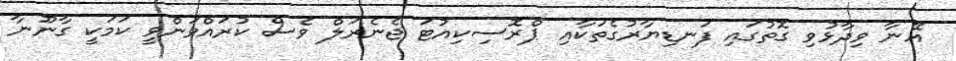
އޭނާ ވިދާޅުވި ގޮތުގައި ފަނޑިޔާރުގެތަކާއި ޕްރޮސިކިއުޓަ ޖެނެރަލް ވެސް ކުރައްވަންވީ ކަމަކީ ގާނޫނާ